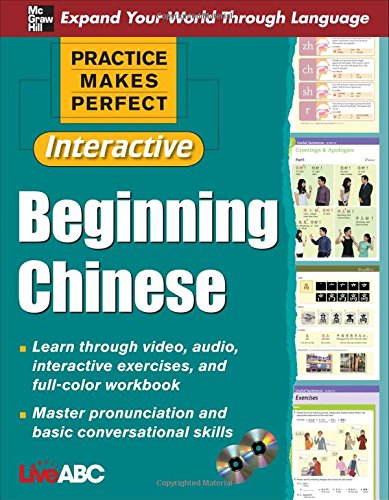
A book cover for Practice Makes Perfect: Beginning Chinese with CD-ROMs, Interactive Edition; Live ABC; Travel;